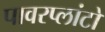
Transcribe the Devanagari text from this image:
पावरप्लांटों